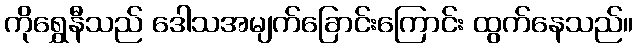
ကိုရွှေနီသည် ဒေါသအမျက်ခြောင်းကြောင်း ထွက်နေသည်။